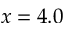
x = 4 . 0